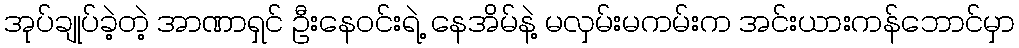
အုပ်ချုပ်ခဲ့တဲ့ အာဏာရှင် ဦးနေဝင်းရဲ့ နေအိမ်နဲ့ မလှမ်းမကမ်းက အင်းယားကန်ဘောင်မှာ